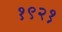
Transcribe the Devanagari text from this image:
१९२१़